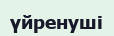
үйренуші